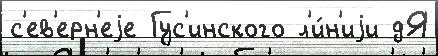
с'ев'ерн'еjе Гус'инского л'и́н'иjи дЯ